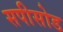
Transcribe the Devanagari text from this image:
सपीसोड